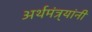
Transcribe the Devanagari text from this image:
अर्थमंत्र्यांनी